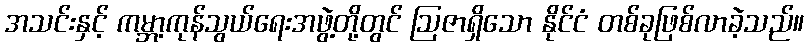
အသင်းနှင့် ကမ္ဘာ့ကုန်သွယ်ရေးအဖွဲ့တို့တွင် ဩဇာရှိသော နိုင်ငံ တစ်ခုဖြစ်လာခဲ့သည်။